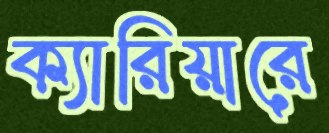
ক্যারিয়ারে